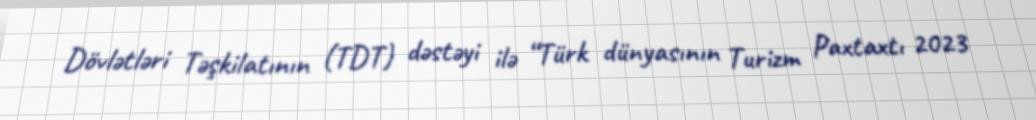
Dövlətləri Təşkilatının (TDT) dəstəyi ilə “Türk dünyasının Turizm Paxtaxtı 2023